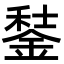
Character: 𨧭